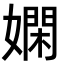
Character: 嫻